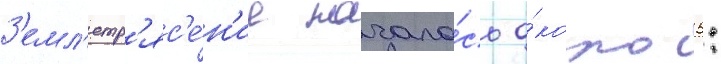
З'емл'етр'яс'е́н'ие начало́сь о́коло 5: